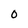
Character: 0